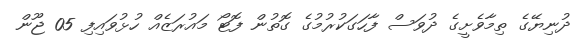
ދުނިޔޭގެ ތިމާވެށީގެ ދުވަސް ފާހަގަކުރުމުގެ ގޮތުން ފޮޓޯ މައުރަޒެއް ހުޅުވައިފި 05 ޖޫން